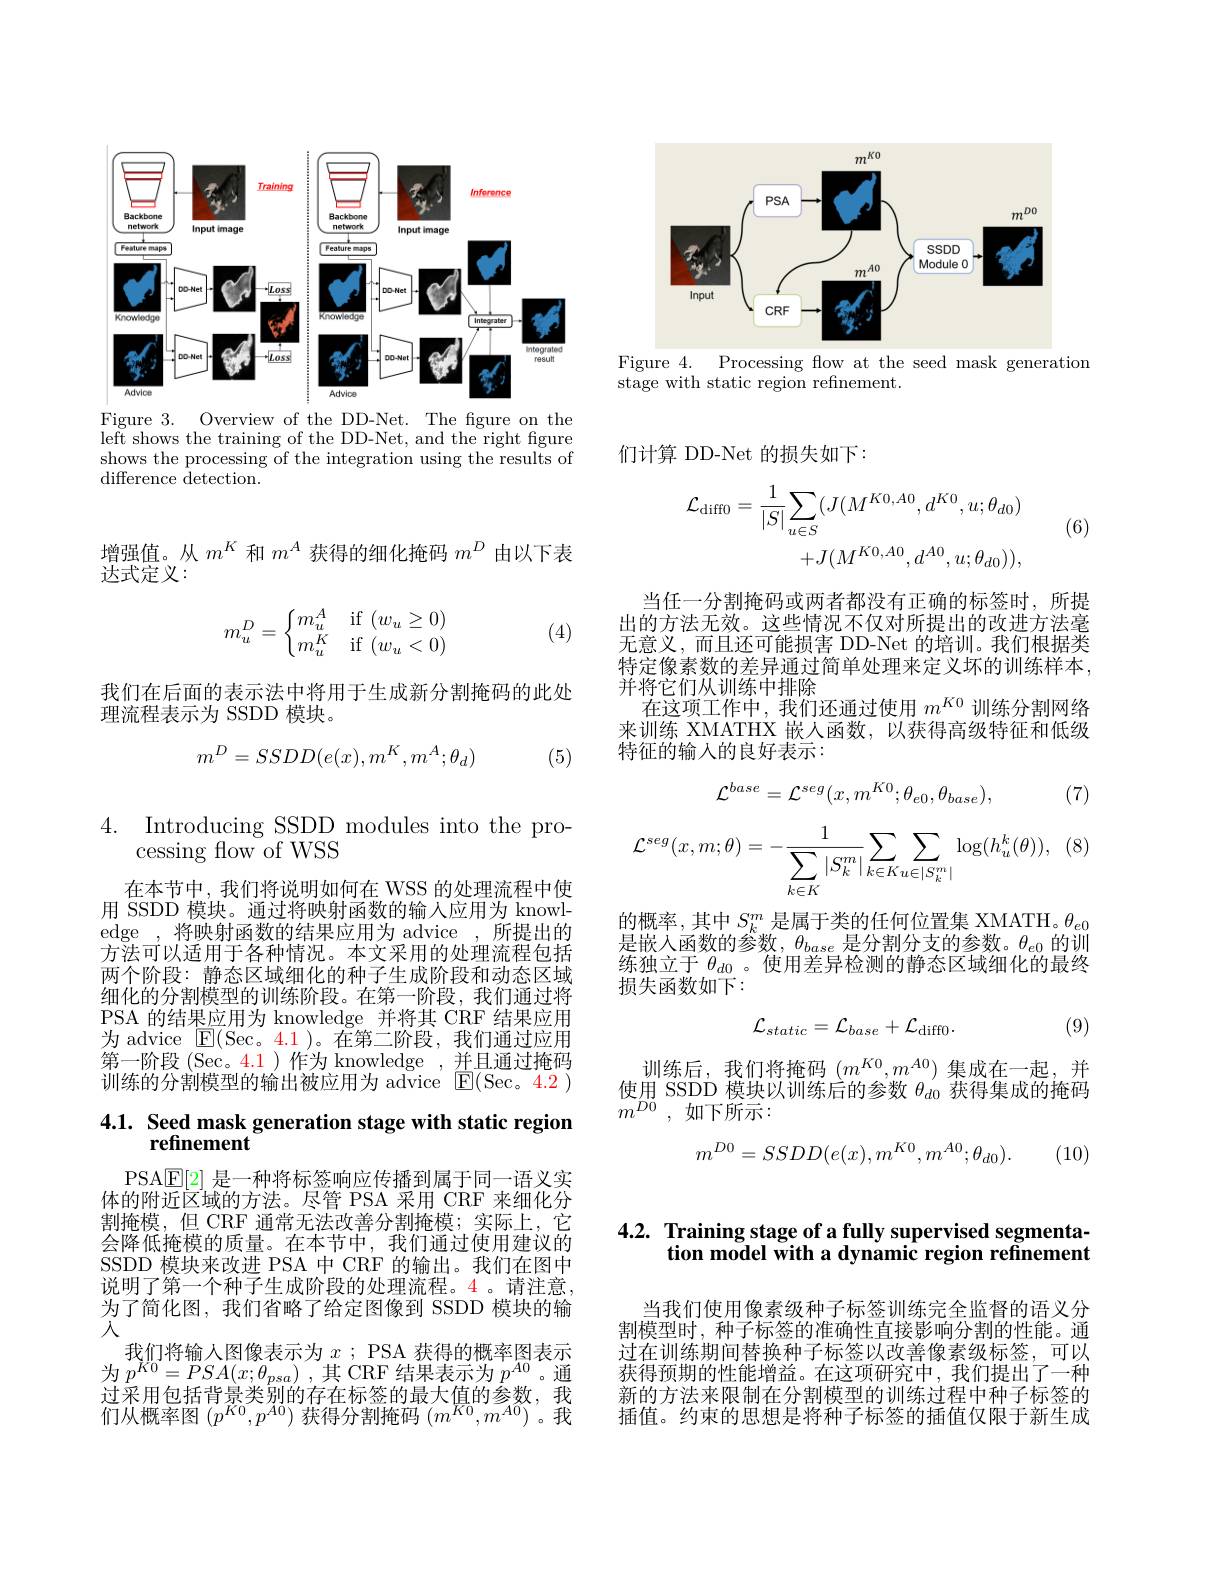
<FigureHere>

Figure 3. Overview of the DD-Net. The figure on the left shows the training of the DD-Net, and the right figure shows the processing of the integration using the results of difference d$etection.$

<FigureHere>
Figure 4. Processing flow at the seed mask generation

stage with static region refinement.

增强值。从$m^K$和$m^A$获得的细化掩码$m^D$由以下表
达式定义：

(4)
$$m_u^D=\left\{\begin{matrix}m_u^A&\text{if}\:(w_u\geq0)\\m_u^K&\text{if}\:(w_u<0)\end{matrix}\right.$$
我们在后面的表示法中将用于生成新分割掩码的此处
理流程表示为 SSDD 模块。
$$m^D=SSDD(e(x),m^K,m^A;\theta_d)$$
(5)

4. ${\mathrm{Introducing~SSDD~modules~into~the~pro- }}$
cessing flow of WSS

在本节中，我们将说明如何在 WSS 的处理流程中使用 SSDD 模块。通过将映射函数的输人应用为 knowledge ,将映射函数的结果应用为 advice ,所提出的方法可以适用于各种情况。本文采用的处理流程包括两个阶段：静态区域细化的种子生成阶段和动态区域细化的分割模型的训练阶段。在第一阶段，我们通过将PSA 的结果应用为 knowledge 并将其 CRF 结果应用为 advice ${\mathrm{E}}($Sec。4.1 )。在第二阶段，我们通过应用第一阶段 (Sec。4.1)作为 knowledge ,并且通过掩码训练的分割模型的输出被应用为 advice $\operatorname{E}(\operatorname{Sec}。\color{red}{4.2})$

# 4.1. Seed mask generation stage with static region refinement

PSA$\boxed{\mathbb{E}}[2]$是一种将标签响应传播到属于同一语义实体的附近区域的方法。尽管 PSA 采用 CRF 来细化分割掩模，但 CRF 通常无法改善分割掩模；实际上，它会降低掩模的质量。在本节中，我们通过使用建议的SSDD 模块来改进 PSA 中 CRF 的输出。我们在图中说明了第一个种子生成阶段的处理流程。4。请注意， 为了简化图，我们省略了给定图像到 SSDD 模块的输入
我们将输入图像表示为$x$ ; PSA 获得的概率图表示为 $p^{K0}= PSA( x; \theta _{psa})$ ,其 CRF 结果表示为 $p^{A0}$。通过采用包括背景类别的存在标签的最大值的参数，我们从概率图$(p^K0,p^{A0})$获得分割掩码$(m^K0,m^{A0})$。我

们计算 DD-Net 的损失如下：
$$\mathcal{L}_{\mathrm{diff}0}=\frac{1}{|S|}\sum_{u\in S}(J(M^{K0,A0},d^{K0},u;\theta_{d0})\\+J(M^{K0,A0},d^{A0},u;\theta_{d0})),$$
(6)

当任一分割掩码或两者都没有正确的标签时，所提出的方法无效。这些情况不仅对所提出的改进方法毫无意义，而且还可能损害 DD-Net 的培训。我们根据类特定像素数的差异通过简单处理来定义坏的训练样本， 并将它们从训练中排除
在这项工作中，我们还通过使用$m^{K0}$训练分割网络来训练 XMATHX 嵌人函数，以获得高级特征和低级特征的输入的良好表示：

(7)
$$\mathcal{L}^{base}=\mathcal{L}^{seg}(x,m^{K0};\theta_{e0},\theta_{base}),$$
$$\mathcal{L}^{seg}(x,m;\theta)=-\frac{1}{\sum_{k\in K}|S_{k}^{m}|}\sum_{k\in K}\sum_{u\in|S_{k}^{m}|}\log(h_{u}^{k}(\theta)),$$
的概率，其中$S_k^m$是属于类的任何位置集 XMATH。$\theta_e0$ 是嵌入函数的参数，$\theta_base$是分割分支的参数。$\theta_e0$的训练独立于$\theta_{d0}$ 。使用差异检测的静态区域细化的最终损失函数如下：

(9)
$$\mathcal{L}_{static}=\mathcal{L}_{base}+\mathcal{L}_{\mathrm{diff}0}.$$
训练后，我们将掩码$(m^K0,m^{A0})$集成在一起，并使用 SSDD 模块以训练后的参数$\theta_{d0}$获得集成的掩码$m^{D0}$ , ${\text{如 下 所 示 : }}$
$$m^{D0}=SSDD(e(x),m^{K0},m^{A0};\theta_{d0}).$$
(10)

## 4.2. Training stage of a fully supervised segmentation model with a dynamic region refinement

当我们使用像素级种子标签训练完全监督的语义分割模型时，种子标签的准确性直接影响分割的性能。通过在训练期间替换种子标签以改善像素级标签，可以获得预期的性能增益。在这项研究中，我们提出了一种新的方法来限制在分割模型的训练过程中种子标签的插值。约束的思想是将种子标签的插值仅限于新生成